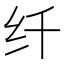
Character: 纤